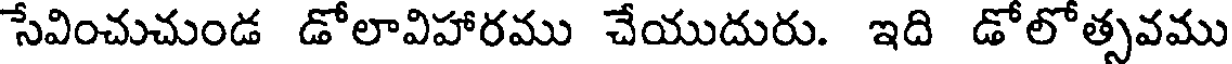
సేవించుచుండ డోలావిహారము చేయుదురు. ఇది డోలోత్సవము